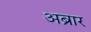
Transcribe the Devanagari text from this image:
अब्रार